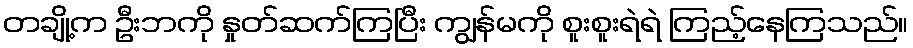
တချို့က ဦးဘကို နှုတ်ဆက်ကြပြီး ကျွန်မကို စူးစူးရဲရဲ ကြည့်နေကြသည်။